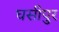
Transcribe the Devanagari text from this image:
घसीपुर